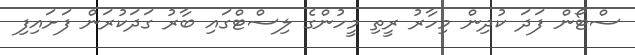
ސްޓޯން ފަދަ ކުދިން މިހާރު ރީތި މީހުންގެ ލިސްޓްގައި ބާރު ގަދަކުރަން ފަށައިފި